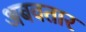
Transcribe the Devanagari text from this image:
अबवतार